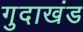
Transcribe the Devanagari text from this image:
गुदाखंड